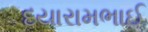
દયારામભાઈ